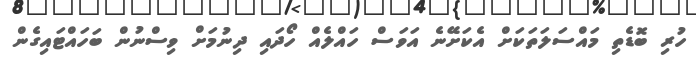
ހުރި ބޮޑެތި މައްސަލަތަކަށް އެކަށޭނެ އަވަސް ހައްލެއް ހޯދައި ދިނުމަށް ވިސްނުން ބަހައްޓައިގެން